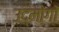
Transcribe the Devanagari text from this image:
उद्मोगों